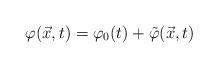
LaTeX: \begin{align*}\varphi ({\vec x}, t) = \varphi _0(t) + {\tilde \varphi}(\vec x, t)\end{align*}